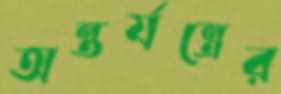
অন্তর্যন্ত্রের